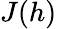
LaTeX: J(h)